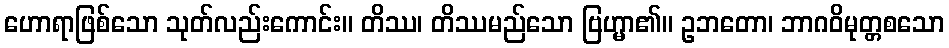
ဟောရာဖြစ်သော သုတ်လည်းကောင်း။ တိဿ၊ တိဿမည်သော ဗြဟ္မာ၏။ ဥဘတော၊ ဘာဂဝိမုတ္တစသော